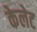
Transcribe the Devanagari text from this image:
केलेट